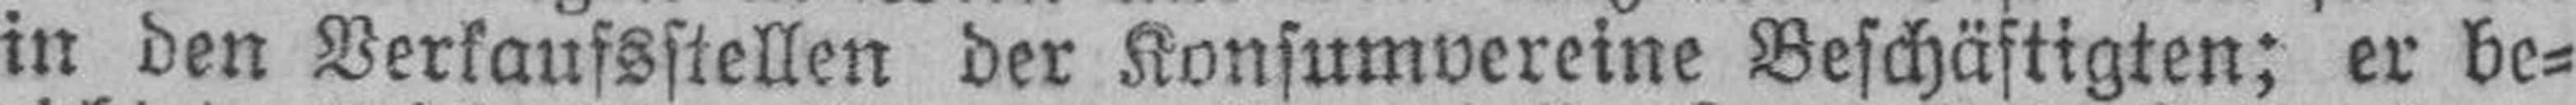
in den Verkaufsstellen der Konsumvereine Beschäftigten; er be¬